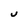
Character: U